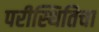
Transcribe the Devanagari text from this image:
परीस्थितिचा